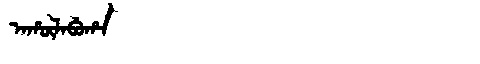
Manchu: ᠠᡥᡡᠯᠠᠪᡠᡥᠠ
Romanization: AHŪLABUHA